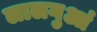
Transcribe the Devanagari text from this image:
लालगुआं